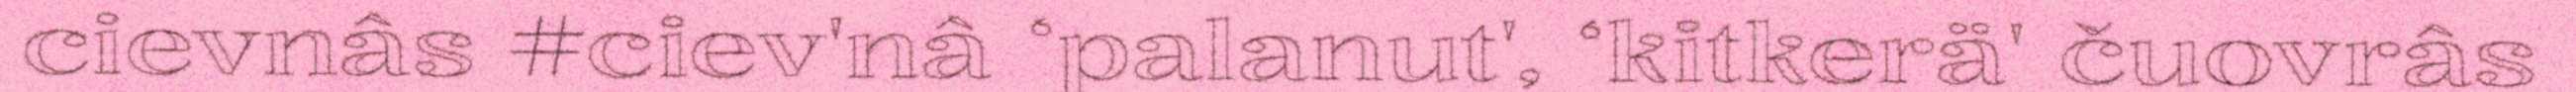
cievnâs #ciev'nâ ‘palanut', ‘kitkerä' čuovrâs